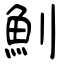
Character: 魝